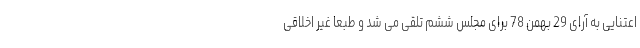
اعتنایی به آرای 29 بهمن 78 برای مجلس ششم تلقی می شد و طبعا غیر اخلاقی